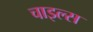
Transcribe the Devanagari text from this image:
चाइल्स